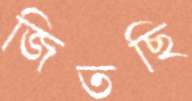
জিতছি